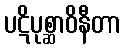
ပဋိပုစ္ဆာဝိနီတာ